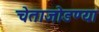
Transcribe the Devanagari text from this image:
चेताजोडण्या